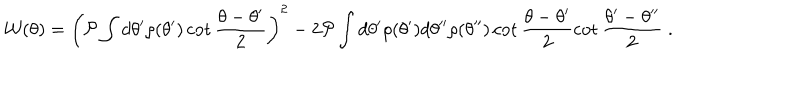
LaTeX: { \cal W } ( \theta ) = \left( { \cal P } \int d \theta ^ { \prime } \rho ( \theta ^ { \prime } ) \cot \frac { \theta - \theta ^ { \prime } } { 2 } \right) ^ { 2 } - 2 { \cal P } \int d \theta ^ { \prime } \rho ( \theta ^ { \prime } ) d \theta ^ { \prime \prime } \rho ( \theta ^ { \prime \prime } ) \cot \frac { \theta - \theta ^ { \prime } } { 2 } \cot \frac { \theta ^ { \prime } - \theta ^ { \prime \prime } } { 2 } \; .